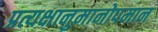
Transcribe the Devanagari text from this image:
प्रत्यक्षानुमानोपमान